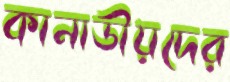
কানাডীয়দের